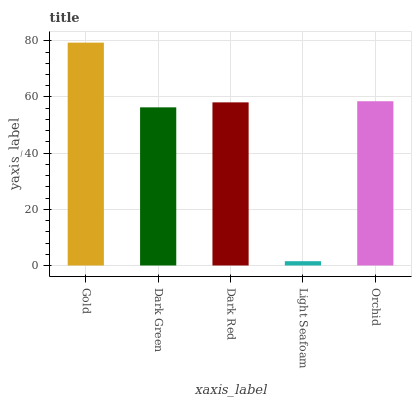
| xaxis_label | bars |
 | --- | --- |
 | Gold | 79.3 |
 | Dark Green | 56.3 |
 | Dark Red | 58.1 |
 | Light Seafoam | 1.54 |
 | Orchid | 58.5 |